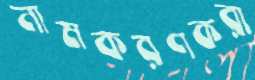
নামকরণকরা